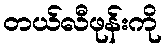
တယ်လီဖုန်းကို